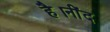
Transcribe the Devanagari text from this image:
है।नींद